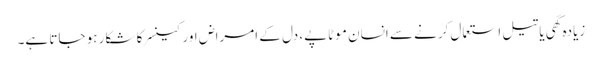
زیادہ گھی یا تیل استعمال کرنے سے انسان موٹاپے، دل کے امراض اور کینسر کا شکار ہو جاتا ہے۔